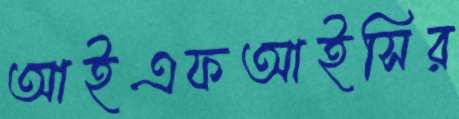
আইএফআইসির